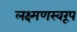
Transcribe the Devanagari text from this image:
लक्ष्मणस्वरूप